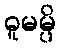
ဓူမမ္ပိ